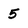
Character: 5